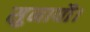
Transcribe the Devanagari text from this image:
सुनायौ।